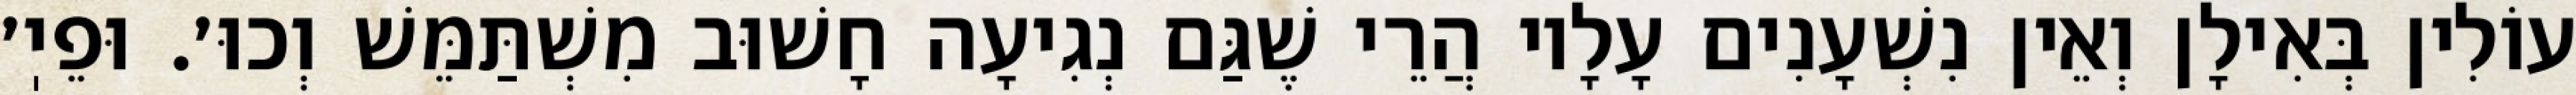
עוֹלִין בְּאִילָן וְאֵין נִשְׁעָנִים עָלָיו הֲרֵי שֶׁגַּם נְגִיעָה חָשׁוּב מִשְׁתַּמֵּשׁ וְכוּ׳. וּפֵיֽ׳